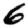
Digit: 6